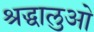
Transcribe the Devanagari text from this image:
श्रद्धालुओ